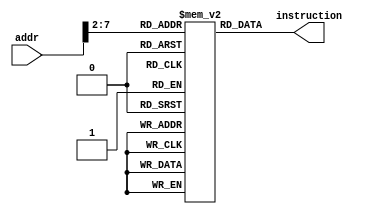
`timescale 1ns / 1ps
//////////////////////////////////////////////////////////////////////////////////
// Company: 
// Engineer: 
// 
// Design Name: 
// Module Name: InstMem
// Project Name: 
// Target Devices: 
// Tool Versions: 
// Description: 
// 
// Dependencies: 
// 
// Revision:
// Revision 0.01 - File Created
// Additional Comments:
// 
//////////////////////////////////////////////////////////////////////////////////
module InstMem(input [7:0] addr, output wire [31:0] instruction);
reg[31:0] memory[0:63];
wire[5:0] address = addr[7:2];
initial
begin
memory[0] = 32'h00007033; // and r0, r0, r0 32'h00000000
memory[1] = 32'h00100093; // addi r1, r0, 1 32'h00000001
memory[2] = 32'h00200113; // addi r2, r0, 2 32'h00000002
memory[3] = 32'h00308193; // addi r3, r1, 3 32'h00000004
memory[4] = 32'h00408213; // addi r4, r1, 4 32'h00000005
memory[5] = 32'h00510293; // addi r5, r2, 5 32'h00000007
memory[6] = 32'h00610313; // addi r6, r2, 6 32'h00000008
memory[7] = 32'h00718393; // addi r7, r3, 7 32'h0000000B
memory[8] = 32'h00208433; // add r8, r1, r2 32'h00000003
memory[9] = 32'h404404b3; // sub r9, r8, r4 32'hfffffffe
memory[10] = 32'h00317533; // and r10, r2, r3 32'h00000000
memory[11] = 32'h0041e5b3; // or r11, r3, r4 32'h00000005
memory[12] = 32'h0041a633; // if r3 is less than r4 then r12 = 1 32'h00000001
memory[13] = 32'h007346b3; // nor r13, r6, r7 32'hfffffff44
memory[14] = 32'h4d34f713; // andi r14, r9, "4D3" 32'h000004D2
memory[15] = 32'h8d35e793; // ori r15, r11, "8d3" 32'hfffff8d7
memory[16] = 32'h4d26a813; // if r13 is less than 32'h000004D2 then r16 = 1 32'h00000000
memory[17] = 32'h4d244893; // nori r17, r8, "4D2" 32'hfffffb2C
memory[18] = 32'h02b02823;
memory[19] = 32'h03002603;
end
assign instruction = memory[address];
endmodule